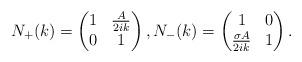
LaTeX: \begin{align*} N_{+}(k)=\begin{pmatrix} 1 & \frac{A}{2ik} \\ 0 & 1 \end{pmatrix}, N_{-}(k)=\begin{pmatrix} 1 & 0 \\ \frac{\sigma A}{2ik} & 1 \end{pmatrix}.\end{align*}